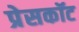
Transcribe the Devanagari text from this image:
प्रेसकॉट